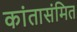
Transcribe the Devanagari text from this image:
कांतासंमित